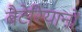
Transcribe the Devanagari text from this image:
बैटेरियानों